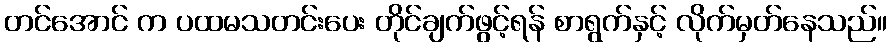
တင်အောင် က ပထမသတင်းပေး တိုင်ချက်ဖွင့်ရန် စာရွက်နှင့် လိုက်မှတ်နေသည်။